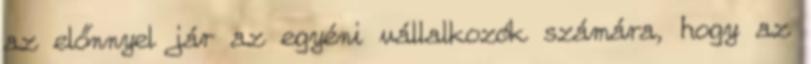
az előnnyel jár az egyéni vállalkozók számára, hogy az